Indian journal of veterinary science and animal husbandry - Volume 12,
Year: 1942
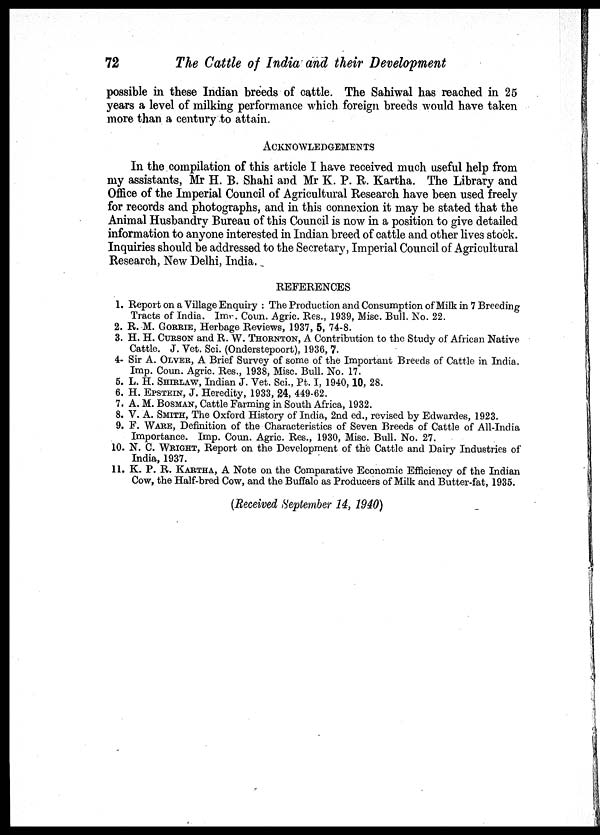
72
The Cattle of India and their Development
possible in these Indian breeds of cattle. The Sahiwal has reached in 25
years a level of milking performance which foreign breeds would have taken
more than a century to attain.
ACKNOWLEDGEMENTS
In the compilation of this article I have received much useful help from
my assistants, Mr H. B. Shahi and Mr K. P. R. Kartha. The Library and
Office of the Imperial Council of Agricultural Research have been used freely
for records and photographs, and in this connexion it may be stated that the
Animal Husbandry Bureau of this Council is now in a position to give detailed
information to anyone interested in Indian breed of cattle and other lives stock.
Inquiries should be addressed to the Secretary, Imperial Council of Agricultural
Research, New Delhi, India.
REFERENCES
1. Report on a Village Enquiry : The Production and Consumption of Milk in 7 Breeding
Tracts of India. Imp. Coun. Agric. Res., 1939, Misc. Bull. No. 22.
2. R. M. GORRIE, Herbage Reviews, 1937, 5, 74-8.
3. H. H. CURSON and R. W. THORNTON, A Contribution to the Study of African Native
Cattle. J. Vet. Sci. (Onderstepoort), 1936, 7.
4- Sir A. OLVER, A Brief Survey of some of the Important Breeds of Cattle in India.
Imp. Coun. Agric. Res., 1938, Misc. Bull. No. 17.
5. L. H. SHIRLAW, Indian J. Vet. Sci., Pt. I, 1940, 10, 28.
6. H. EPSTEIN, J. Heredity, 1933, 24, 449-62.
7. A. M. BOSMAN, Cattle Farming in South Africa, 1932.
8. V. A. SMITH, The Oxford History of India, 2nd ed., revised by Edwardes, 1923.
9. F. WARE, Definition of the Characteristics of Seven Breeds of Cattle of All-India
Importance. Imp. Coun. Agric. Res., 1930, Misc. Bull. No. 27.
10. N. C. WRIGHT, Report on the Development of the Cattle and Dairy Industries of
India, 1937.
11. K. P. R. KARTHA, A Note on the Comparative Economic Efficiency of the Indian
Cow, the Half-bred Cow, and the Buffalo as Producers of Milk and Butter-fat, 1935.
(Received September 14, 1940)